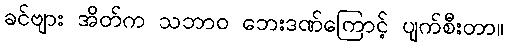
ခင်ဗျား အိတ်က သဘာဝ ဘေးဒဏ်ကြောင့် ပျက်စီးတာ။